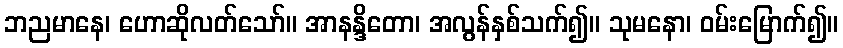
ဘညမာနေ၊ ဟောဆိုလတ်သော်။ အာနန္ဒိတော၊ အလွန်နှစ်သက်၍။ သုမနော၊ ဝမ်းမြောက်၍။